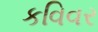
કવિવર